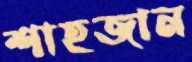
শাহজান